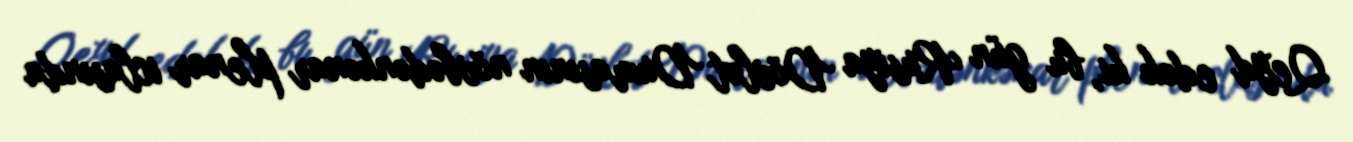
Qeyd edək ki, bu gün Rusiya Dövlət Dumasının növbədənkənar plenar iclasında